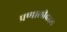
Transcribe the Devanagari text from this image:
प्रणालीबद्दल